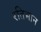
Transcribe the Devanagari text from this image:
रतिभान